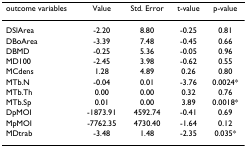
<table><thead><tr><td><b>outcome variables</b></td><td><b>Value</b></td><td><b>Std. Error</b></td><td><b>t-value</b></td><td><b>p-value</b></td></tr></thead><tbody><tr><td>DSlArea</td><td>-2.20</td><td>8.80</td><td>-0.25</td><td>0.81</td></tr><tr><td>DBoArea</td><td>-3.39</td><td>7.48</td><td>-0.45</td><td>0.66</td></tr><tr><td>DBMD</td><td>-0.25</td><td>5.36</td><td>-0.05</td><td>0.96</td></tr><tr><td>MD100</td><td>-2.45</td><td>3.98</td><td>-0.62</td><td>0.55</td></tr><tr><td>MCdens</td><td>1.28</td><td>4.89</td><td>0.26</td><td>0.80</td></tr><tr><td>MTb.N</td><td>-0.04</td><td>0.01</td><td>-3.76</td><td>0.0024*</td></tr><tr><td>MTb.Th</td><td>0.00</td><td>0.00</td><td>0.32</td><td>0.76</td></tr><tr><td>MTb.Sp</td><td>0.01</td><td>0.00</td><td>3.89</td><td>0.0018*</td></tr><tr><td>DpMOI</td><td>-1873.91</td><td>4592.74</td><td>-0.41</td><td>0.69</td></tr><tr><td>MpMOI</td><td>-7762.35</td><td>4730.40</td><td>-1.64</td><td>0.12</td></tr><tr><td>MDtrab</td><td>-3.48</td><td>1.48</td><td>-2.35</td><td>0.035*</td></tr></tbody></table>